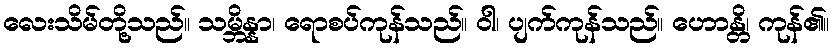
လေးသိမ်တို့သည်။ သမ္ဘိန္နာ၊ ရောစပ်ကုန်သည်။ ဝါ၊ ပျက်ကုန်သည်။ ဟောန္တိ၊ ကုန်၏။